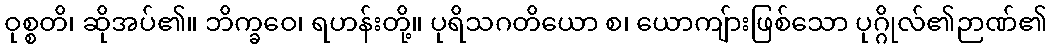
ဝုစ္စတိ၊ ဆိုအပ်၏။ ဘိက္ခဝေ၊ ရဟန်းတို့။ ပုရိသဂတိယော စ၊ ယောကျ်ားဖြစ်သော ပုဂ္ဂိုလ်၏ဉာဏ်၏